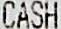
CASH